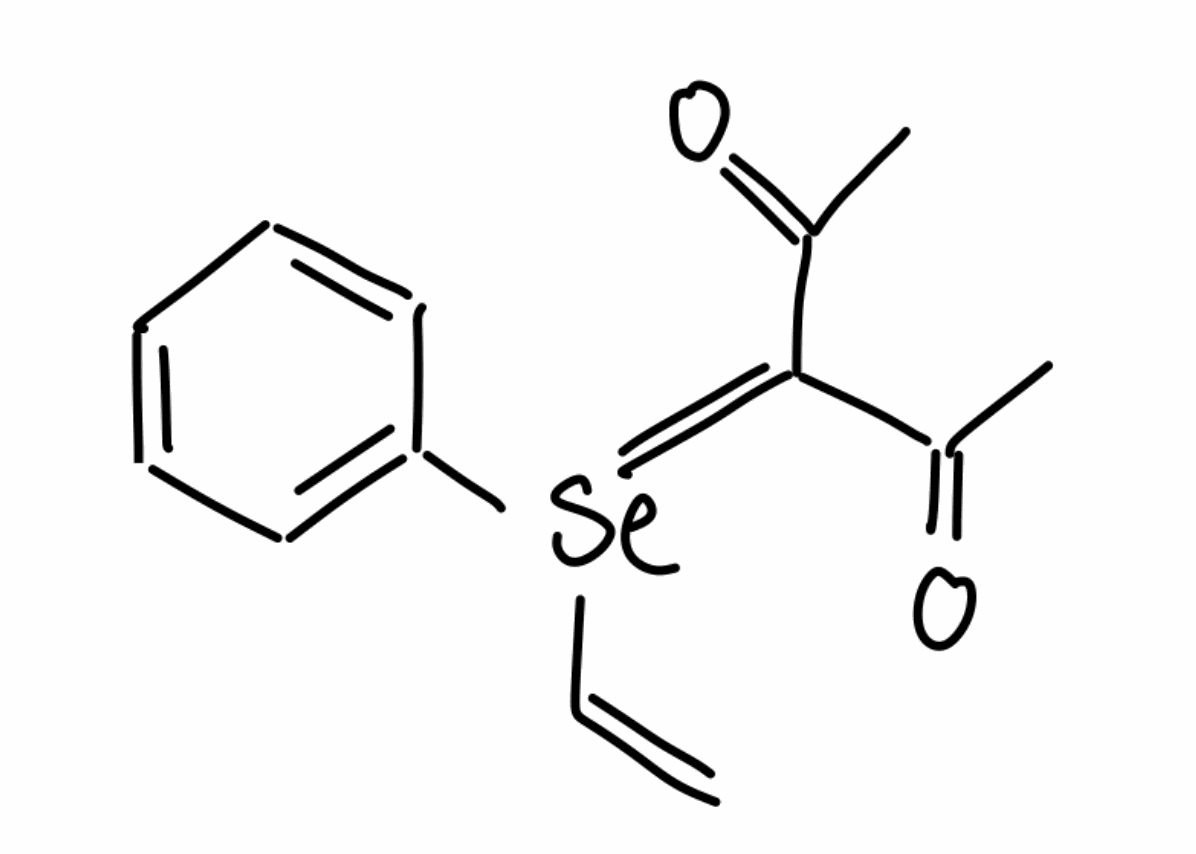
Simplified molecular-input line-entry system (SMILES) notation of the given molecule:
CC(=O)C(=[Se](C=C)C1=CC=CC=C1)C(=O)C